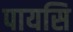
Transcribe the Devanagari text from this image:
पायसि